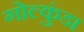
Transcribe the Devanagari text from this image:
गोल्कुंडा